Vaccine operations Central Provinces & Berar 1912-1920 - 1912-1920
Year: 1912
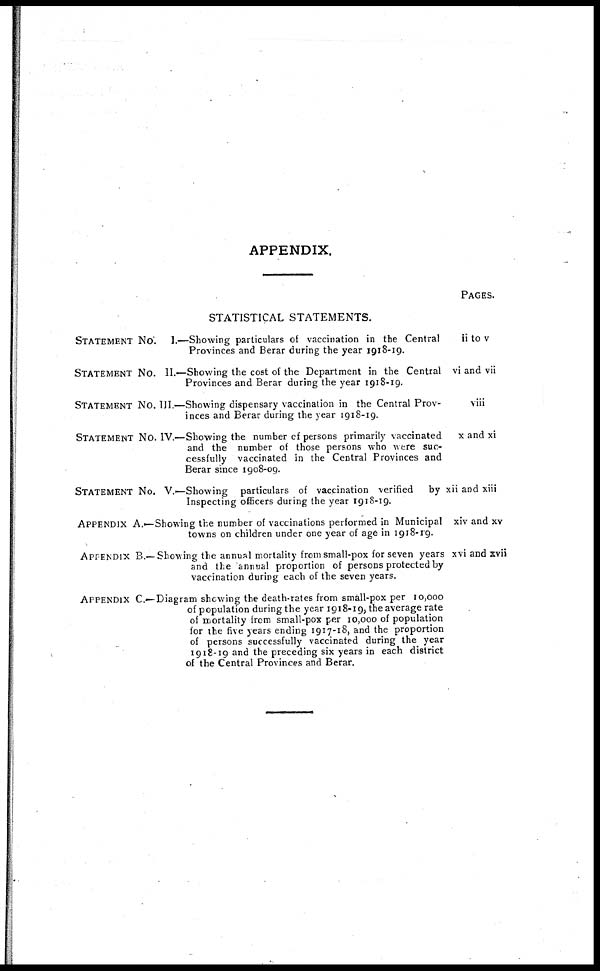
APPENDIX.
STATISTICAL STATEMENTS.
STATEMENT No. I.—Showing particulars of vaccination in the Central
Provinces and Berar during the year 1918-19.
STATEMENT No. II.—Showing the cost of the Department in the Central
Provinces and Berar during the year 1918-19.
STATEMENT No. III.—Showing dispensary vaccination in the Central Prov-
inces and Berar during the year 1918-19.
STATEMENT No. IV.—Showing the number of persons primarily vaccinated
and the number of those persons who were suc-
cessfully vaccinated in the Central Provinces and
Berar since 1908-09.
STATEMENT No. V.—Showing particulars of vaccination verified
by
Inspecting officers during the year 1918-19.
APPENDIX A.—Showing the number of vaccinations performed in Municipal
towns on children under one year of age in 1918- 19.
APFENDIX B.— Showing the annual mortality from small-pox for seven years
and the annual proportion of persons protected by
vaccination during each of the seven years.
APPENDIX C.—Diagram showing the death-rates from small-pox per 10,000
of population during the year 1918-19, the average rate
of mortality from small-pox per 10,000 of population
for the five years ending 1917-18, and the proportion
of persons successfully vaccinated during the year
1918-19 and the preceding six years in each district
of the Central Provinces and Berar.
PAGES.
ii to v
vi and vii
viii
x and xi
xii and xiii
xiv and xv
xvi and xvii